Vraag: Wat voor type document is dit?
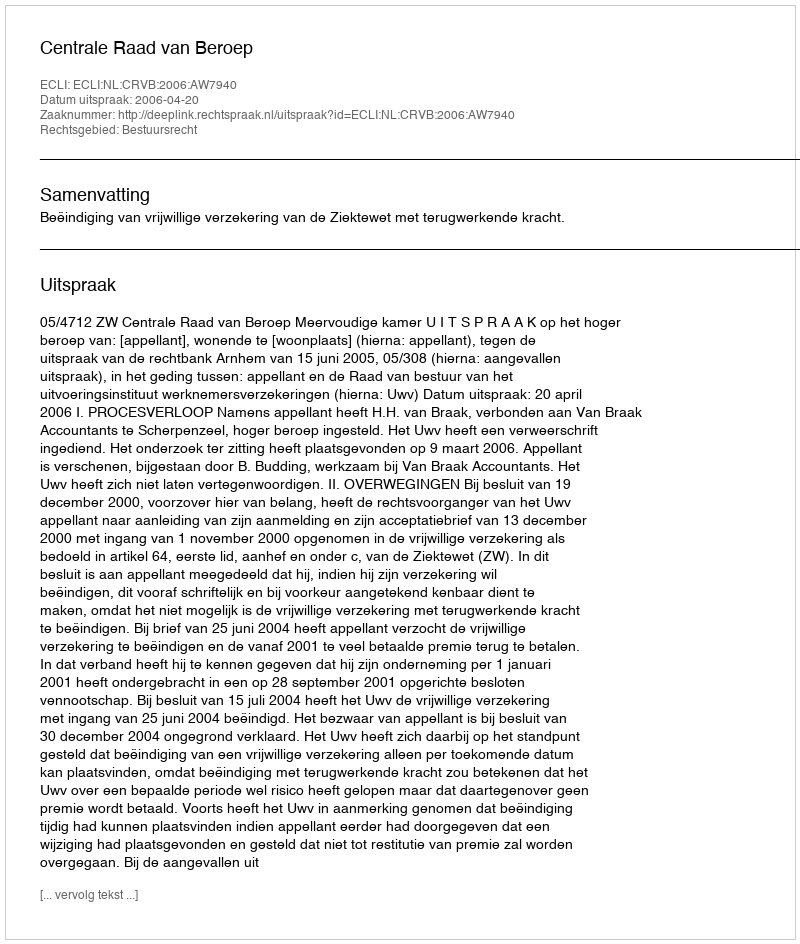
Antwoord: Uitspraak